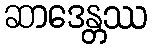
ဆာဒေန္တဿ